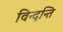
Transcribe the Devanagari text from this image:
विन्दन्ति